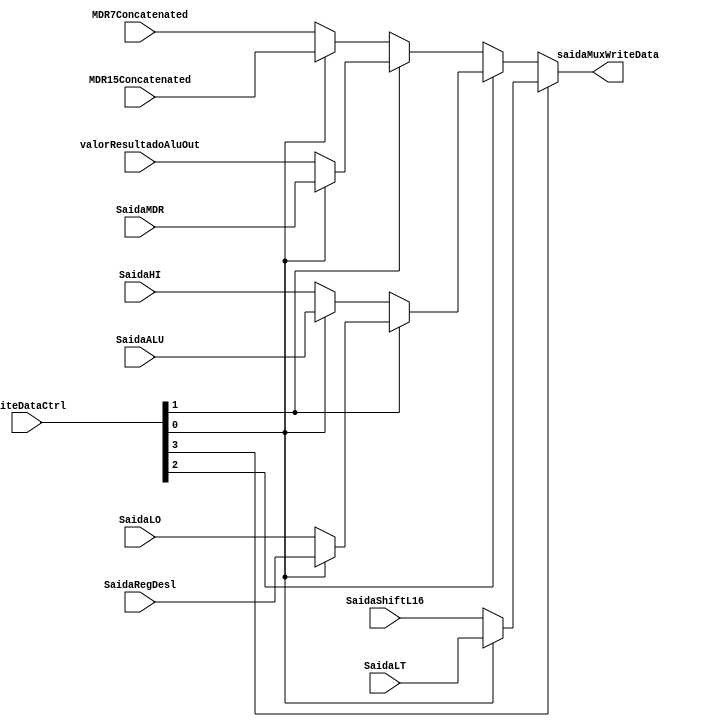
module MuxWriteData (
  input  wire [3:0]  WriteDataCtrl,
  input  wire [31:0] MDR7Concatenated,
  input  wire [31:0] MDR15Concatenated,
  input  wire [31:0] valorResultadoAluOut,
  input  wire [31:0] SaidaMDR,
  input  wire [31:0] SaidaHI,
  input  wire [31:0] SaidaALU,
  input  wire [31:0] SaidaLO,
  input  wire [31:0] SaidaRegDesl,
  input  wire [31:0] SaidaShiftL16,
  input  wire [31:0] SaidaLT,

  output reg [31:0] saidaMuxWriteData
);

  parameter valor227 = 32'd227; // 227 em decimal

  reg [31:0] auxiliar1;
  reg [31:0] auxiliar2;
  reg [31:0] auxiliar3;

  always @(*) begin
    auxiliar1 = ((WriteDataCtrl[1])
      ? ((WriteDataCtrl[0]) ? SaidaMDR : valorResultadoAluOut)
      : ((WriteDataCtrl[0]) ? MDR15Concatenated : MDR7Concatenated)
    );
    auxiliar2 = ((WriteDataCtrl[1]) ? ((WriteDataCtrl[0]) ? SaidaRegDesl : SaidaLO)
      : ((WriteDataCtrl[0]) ? SaidaALU : SaidaHI));
    auxiliar3 = WriteDataCtrl[0] ? SaidaLT : SaidaShiftL16;
    saidaMuxWriteData = ((WriteDataCtrl[3]) ? (auxiliar3) : (WriteDataCtrl[2] ? auxiliar2 : auxiliar1));
  end
endmodule

// 0000 => auxiliar1 => MDR7Concatenated
// 0001 => auxiliar1 => MDR15Concatenated
// 0010 => auxiliar1 => valorResultadoAluOut
// 0011 => auxiliar1 => SaidaMDR
// 0100 => auxiliar2 => SaidaHI
// 0101 => auxiliar2 => SaidaALU
// 0110 => auxiliar2 => SaidaLO
// 0111 => auxiliar2 => SaidaRegDesl
// 1000 => auxiliar3 => SaidaShiftL16
// 1001 => auxiliar3 => SaidaLT